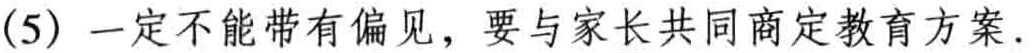
(5) 一定不能带有偏见，要与家长共同商定教育方案.